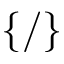
\{ / \}